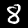
Digit: 8